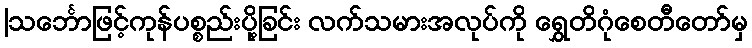
|သင်္ဘောဖြင့်ကုန်ပစ္စည်းပို့ခြင်း လက်သမားအလုပ်ကို ရွှေတိဂုံစေတီတော်မှ